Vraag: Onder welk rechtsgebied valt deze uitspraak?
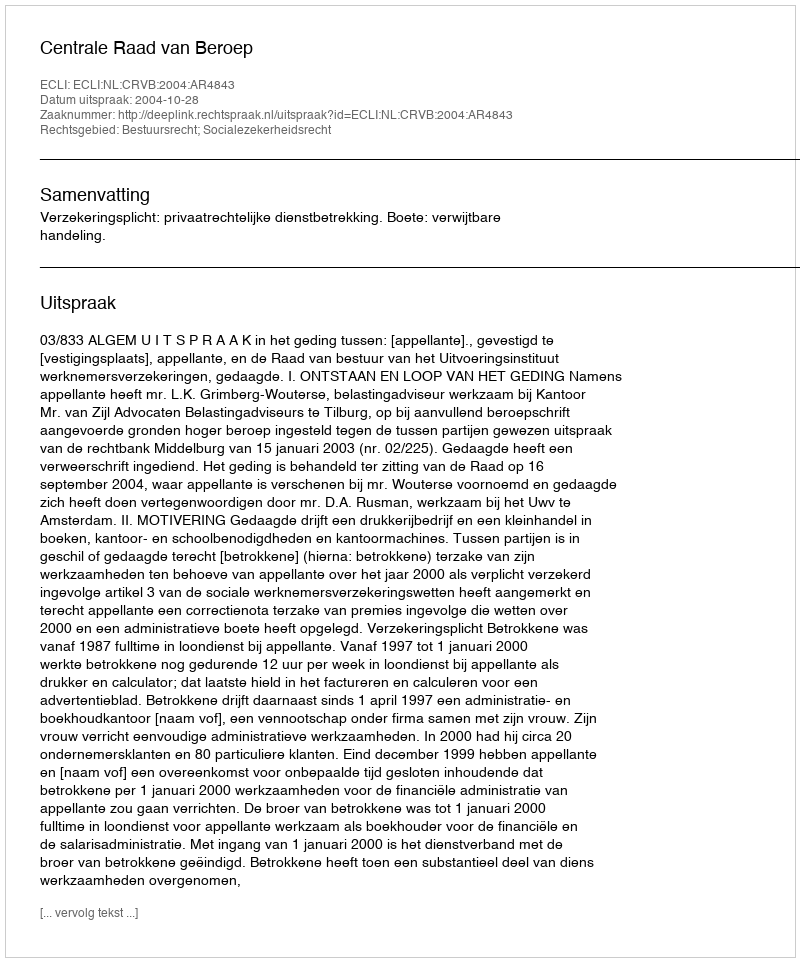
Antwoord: Bestuursrecht; Socialezekerheidsrecht